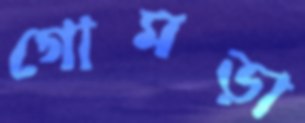
গোমড়া